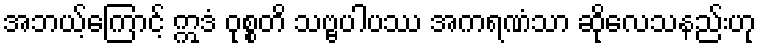
အဘယ့်ကြောင့် ဣဒံ ဝုစ္စတိ သဗ္ဗပါပဿ အကရဏံသာ ဆိုလေသနည်းဟု